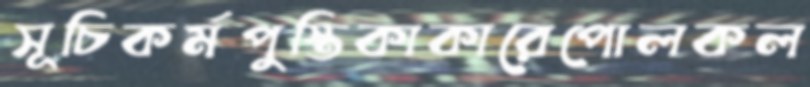
সূচিকর্মপুস্তিকাকারেপোলকল